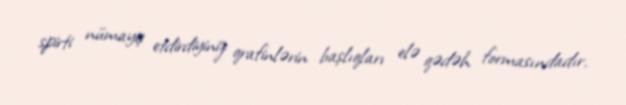
spirti nümayiş etdirdiyiniz qrafinlərin başlıqları elə qədəh formasındadır.